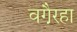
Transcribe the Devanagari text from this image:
वगै़रहा